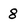
Character: 8